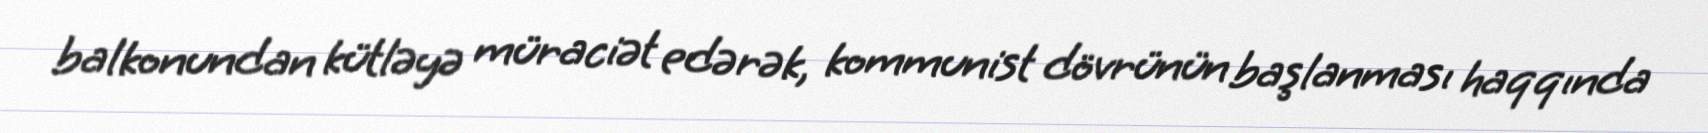
balkonundan kütləyə müraciət edərək, kommunist dövrünün başlanması haqqında